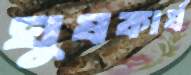
ঘুষকার্য